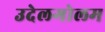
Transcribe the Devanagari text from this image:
उदेलगोलम